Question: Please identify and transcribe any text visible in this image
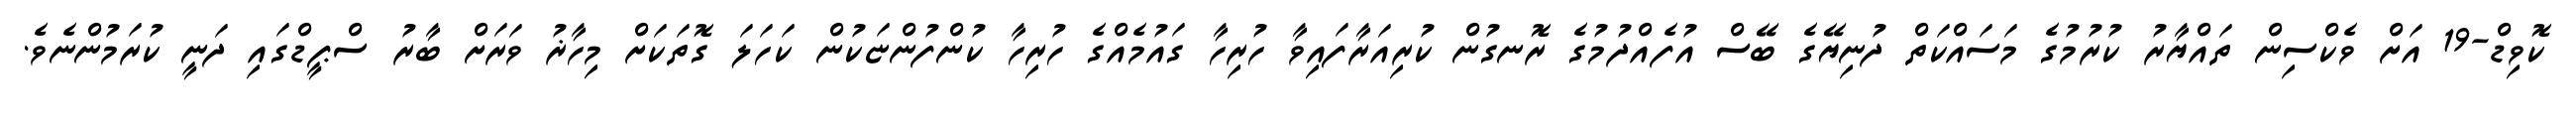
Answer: ކޮވިޑް-19 އަށް ވެކްސިން ތައްޔާރު ކުރުމުގެ މަސައްކަތް ދުނިޔޭގެ ބޭސް އުފެއްދުމުގެ ރޮނގުން ކުރިއަރާފައިވާ ހުރިހާ ގައުމެއްގެ ހުރިހާ ކުންފުންޏަކުން ކަހަލަ ގޮތަކަށް މިހާޜު ވަރަށް ބާރު ސްޕީޑްގައި ދަނީ ކުރަމުންނެވެ.